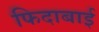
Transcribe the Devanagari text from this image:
फिदाबाई